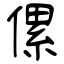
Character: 傫